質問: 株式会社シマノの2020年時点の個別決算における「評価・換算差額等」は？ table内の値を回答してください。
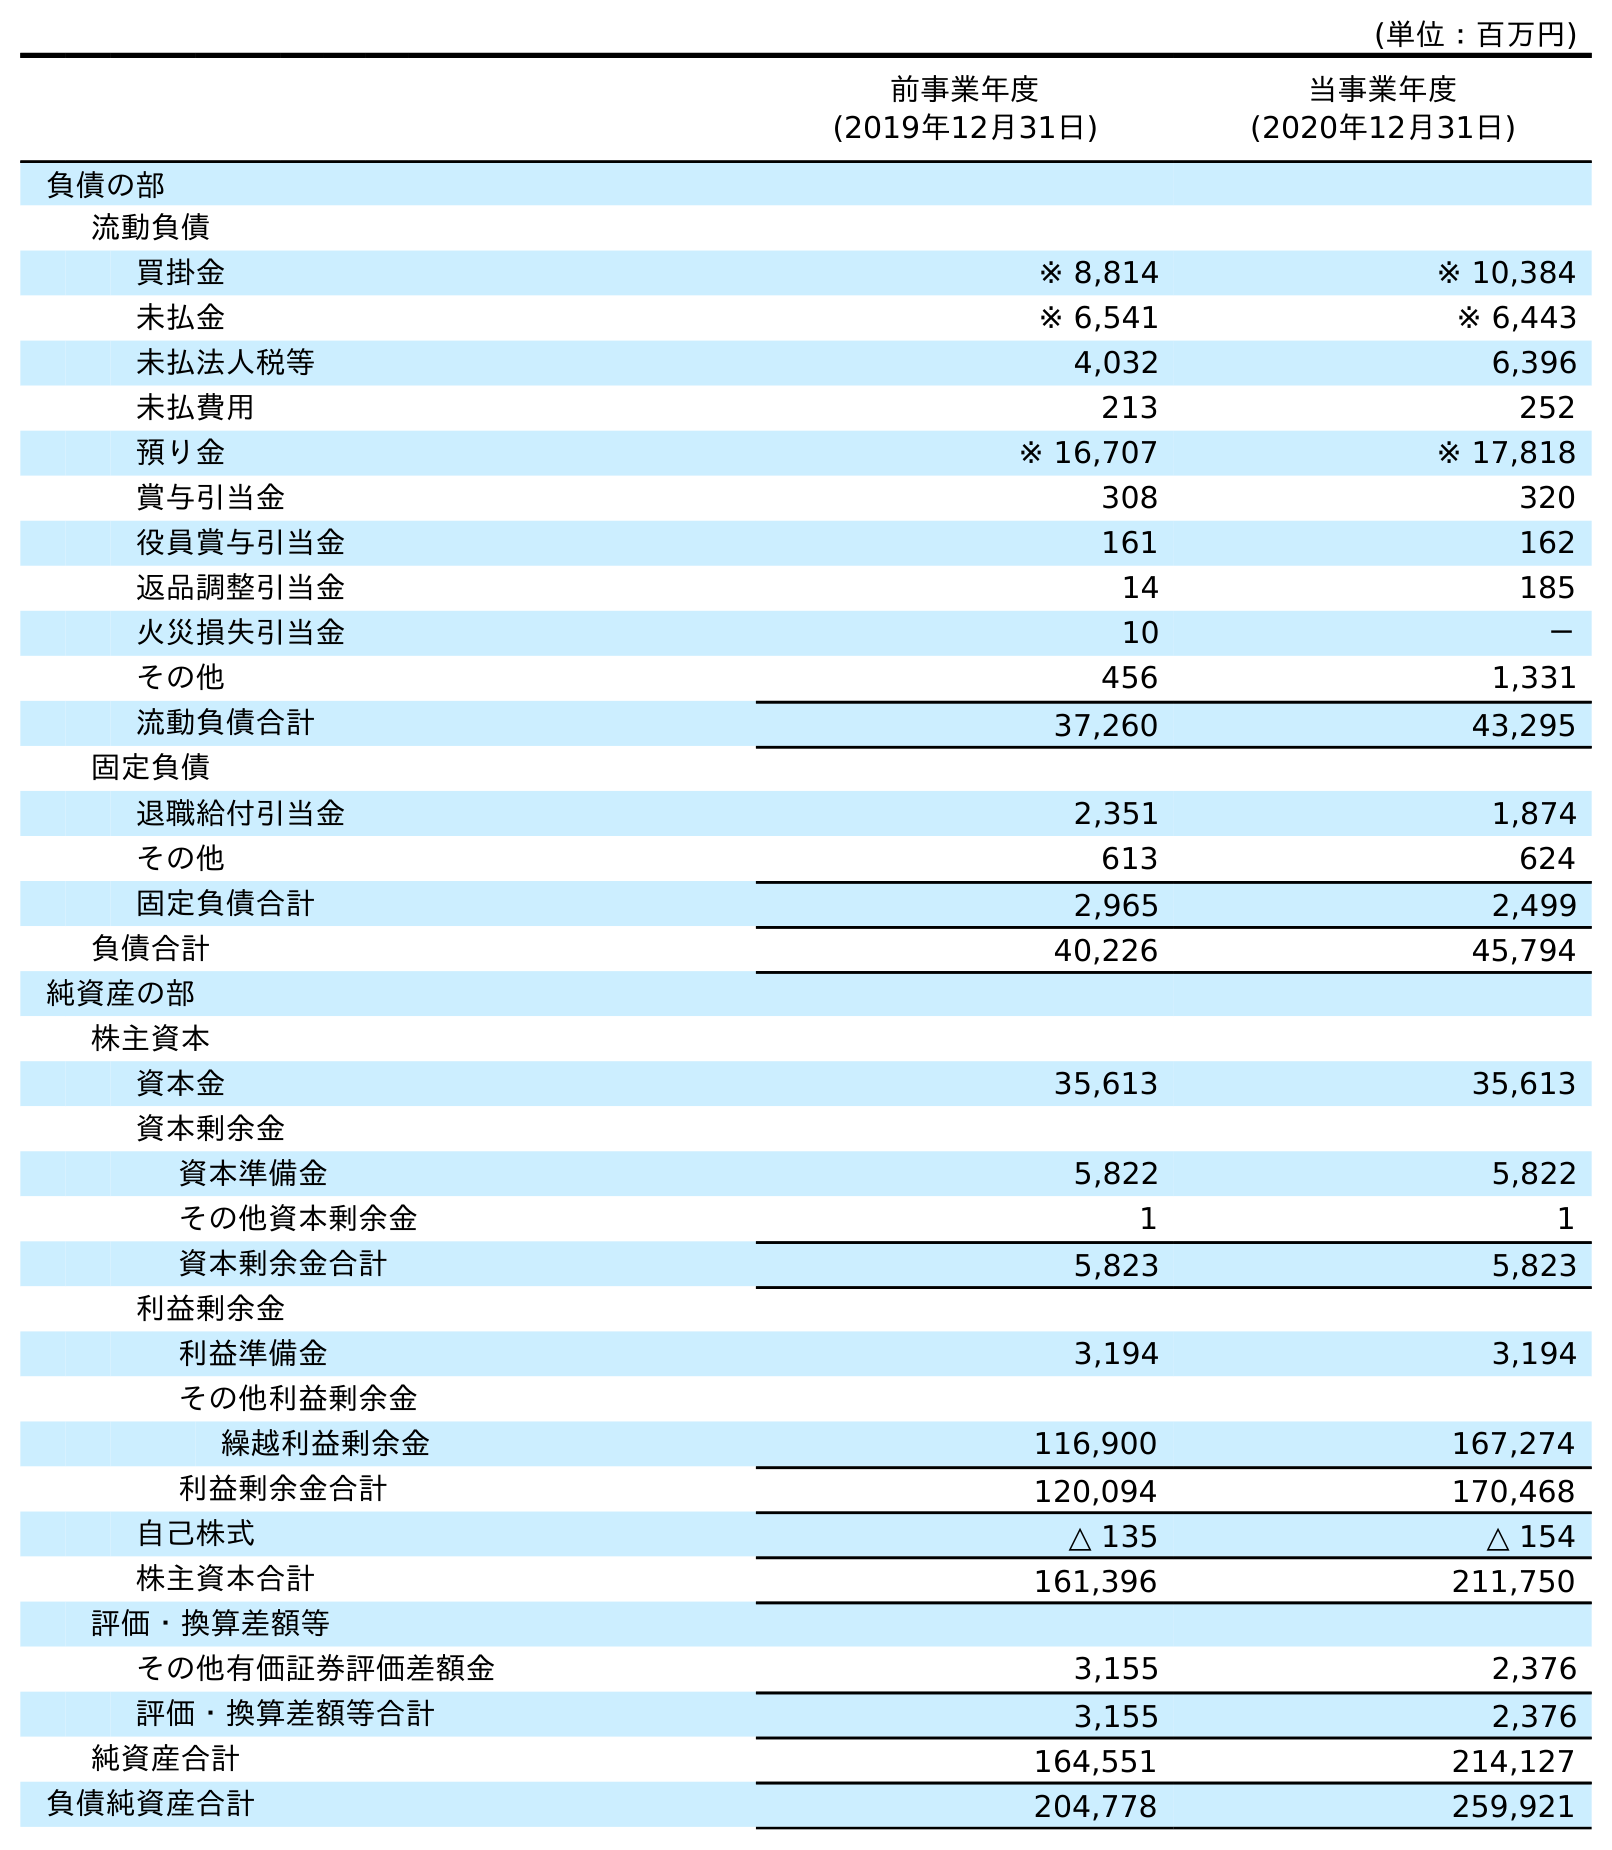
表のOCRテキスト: (単位：百万円) 前事業年度 (2019年12月31日) 当事業年度 (2020年12月31日) 負債の部 流動負債 買掛金 ※ 8,814 ※ 10,384 未払金 ※ 6,541 ※ 6,443 未払法人税等 4,032 6,396 未払費用 213 252 預り金 ※ 16,707 ※ 17,818 賞与引当金 308 320 役員賞与引当金 161 162 返品調整引当金 14 185 火災損失引当金 10 － その他 456 1,331 流動負債合計 37,260 43,295 固定負債 退職給付引当金 2,351 1,874 その他 613 624 固定負債合計 2,965 2,499 負債合計 40,226 45,794 純資産の部 株主資本 資本金 35,613 35,613 資本剰余金 資本準備金 5,822 5,822 その他資本剰余金 1 1 資本剰余金合計 5,823 5,823 利益剰余金 利益準備金 3,194 3,194 その他利益剰余金 繰越利益剰余金 116,900 167,274 利益剰余金合計 120,094 170,468 自己株式 △ 135 △ 154 株主資本合計 161,396 211,750 評価・換算差額等 その他有価証券評価差額金 3,155 2,376 評価・換算差額等合計 3,155 2,376 純資産合計 164,551 214,127 負債純資産合計 204,778 259,921
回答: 2,376